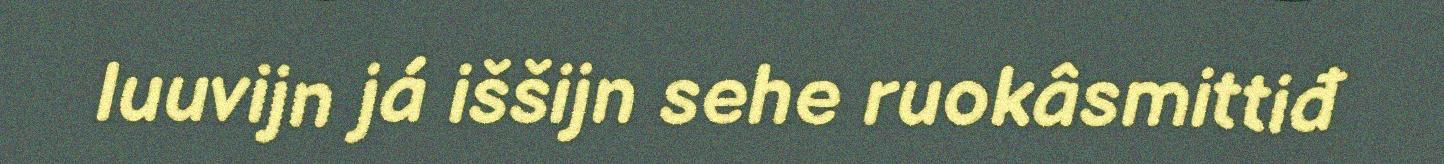
luuvijn já iššijn sehe ruokâsmittiđ